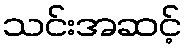
သင်းအဆင့်